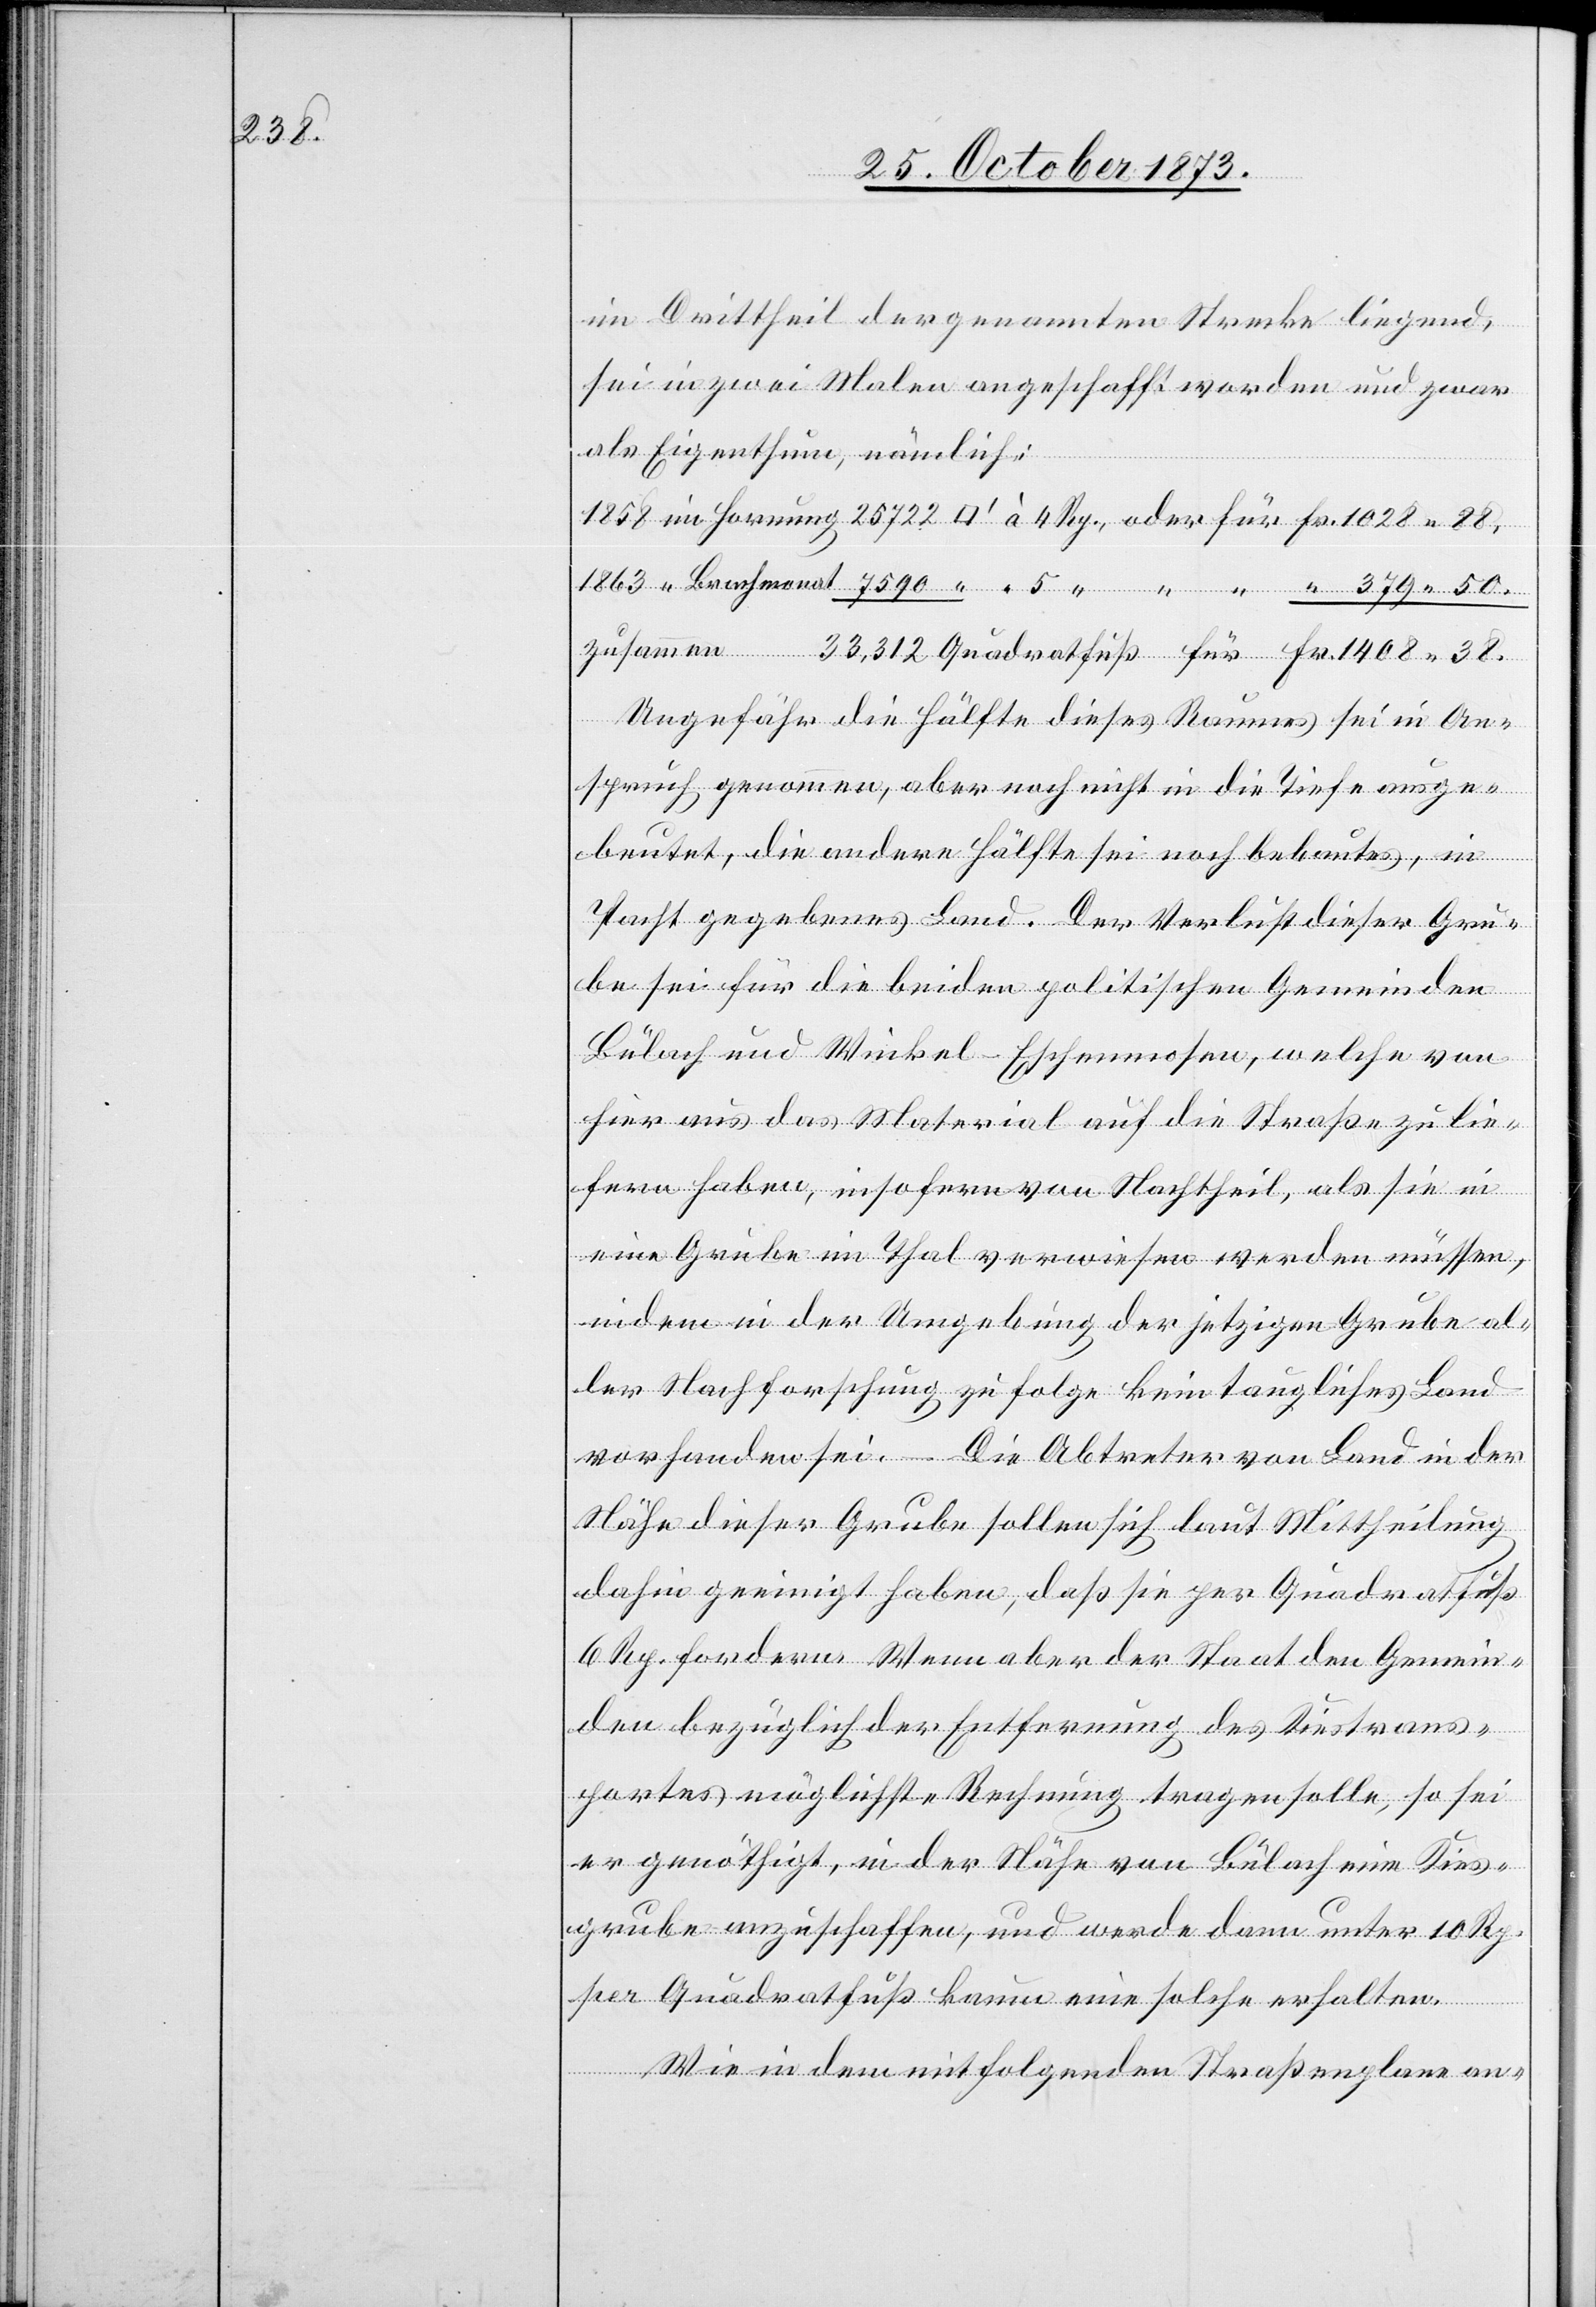
408 38.

im Drittheil der genannten Strecke liegend,
sei in zwei Malen angeschafft worden und zwar
als Eigenthum, nämlich:
Ungefähr die Hälfte dieses Raumes sei in An¬
spruch genommen, aber noch nicht in die Tiefe ausge¬
beutet, die andere Hälfte sei noch bebautes, in
Pacht gegebenes Land. Der Verlust dieser Gru¬
be sei für die beiden politischen Gemeinden
Bülach und Winkel - Eschenmosen, welche von
hier aus das Material auf die Straße zu lie¬
fern haben, insofern von Nachtheil, als sie in
eine Grube im Thal verwiesen werden müssen,
indem in der Umgebung der jetzigen Grube al¬
ler Nachforschung zu Folge kein taugliches Land
vorhanden sei. – Die Abtreter von Land in der
Nähe dieser Grube sollen sich laut Mittheilung
dahin geeinigt haben, daß sie per Quadratfuß
6 Rp. fordern. Wenn aber der Staat den Gemein¬
den bezüglich der Entfernung des Kiestrans¬
portes möglichste Rechnung tragen solle, so sei
er genöthigt, in der Nähe von Bülach eine Kies¬
grube anzuschaffen, und werde dann unter 10 Rp.
per Quadratfuß kaum eine solche erhalten.
Wie in dem mitfolgenden Straßenplane an-